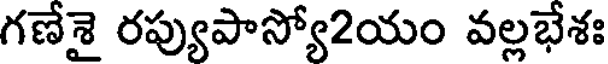
గణేశై రప్యుపాస్యో2యం వల్లభేశః